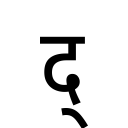
OCR:
द्